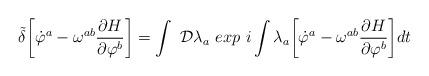
LaTeX: \begin{align*}{\tilde{\delta}}\biggl[{\dot\varphi }^{a}-\omega^{ab}{\partial H\over\partial\varphi ^{b}}\biggr]=\int~{\cal D}\lambda_{a}~exp~i\int\lambda_{a}\biggl[{\dot \varphi }^{a}-\omega^{ab}{\partial H\over\partial\varphi ^{b}}\biggr]dt\end{align*}